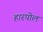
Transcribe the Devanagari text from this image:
हारपोल